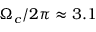
\Omega _ { c } / 2 \pi \approx 3 . 1